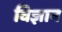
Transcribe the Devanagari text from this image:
विज्ञान